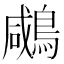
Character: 𪂶